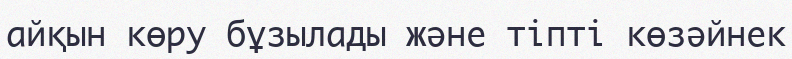
айқын көру бұзылады және тіпті көзәйнек